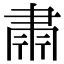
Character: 𮌄